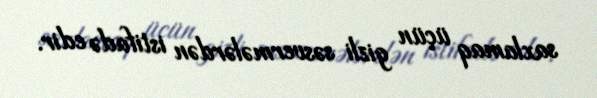
saxlamaq üçün gizli səsvermələrdən istifadə edir.